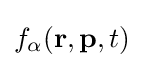
f_{\alpha }(\mathbf {r} ,\mathbf {p} ,t)